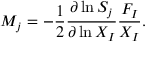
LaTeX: M _ { j } = - \frac { 1 } { 2 } \frac { \partial \ln S _ { j } } { \partial \ln X _ { I } } \frac { F _ { I } } { X _ { I } } .